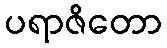
ပရာဇိတော